Eesti_Vabariigi_Tartu_Ulikool, lk 41
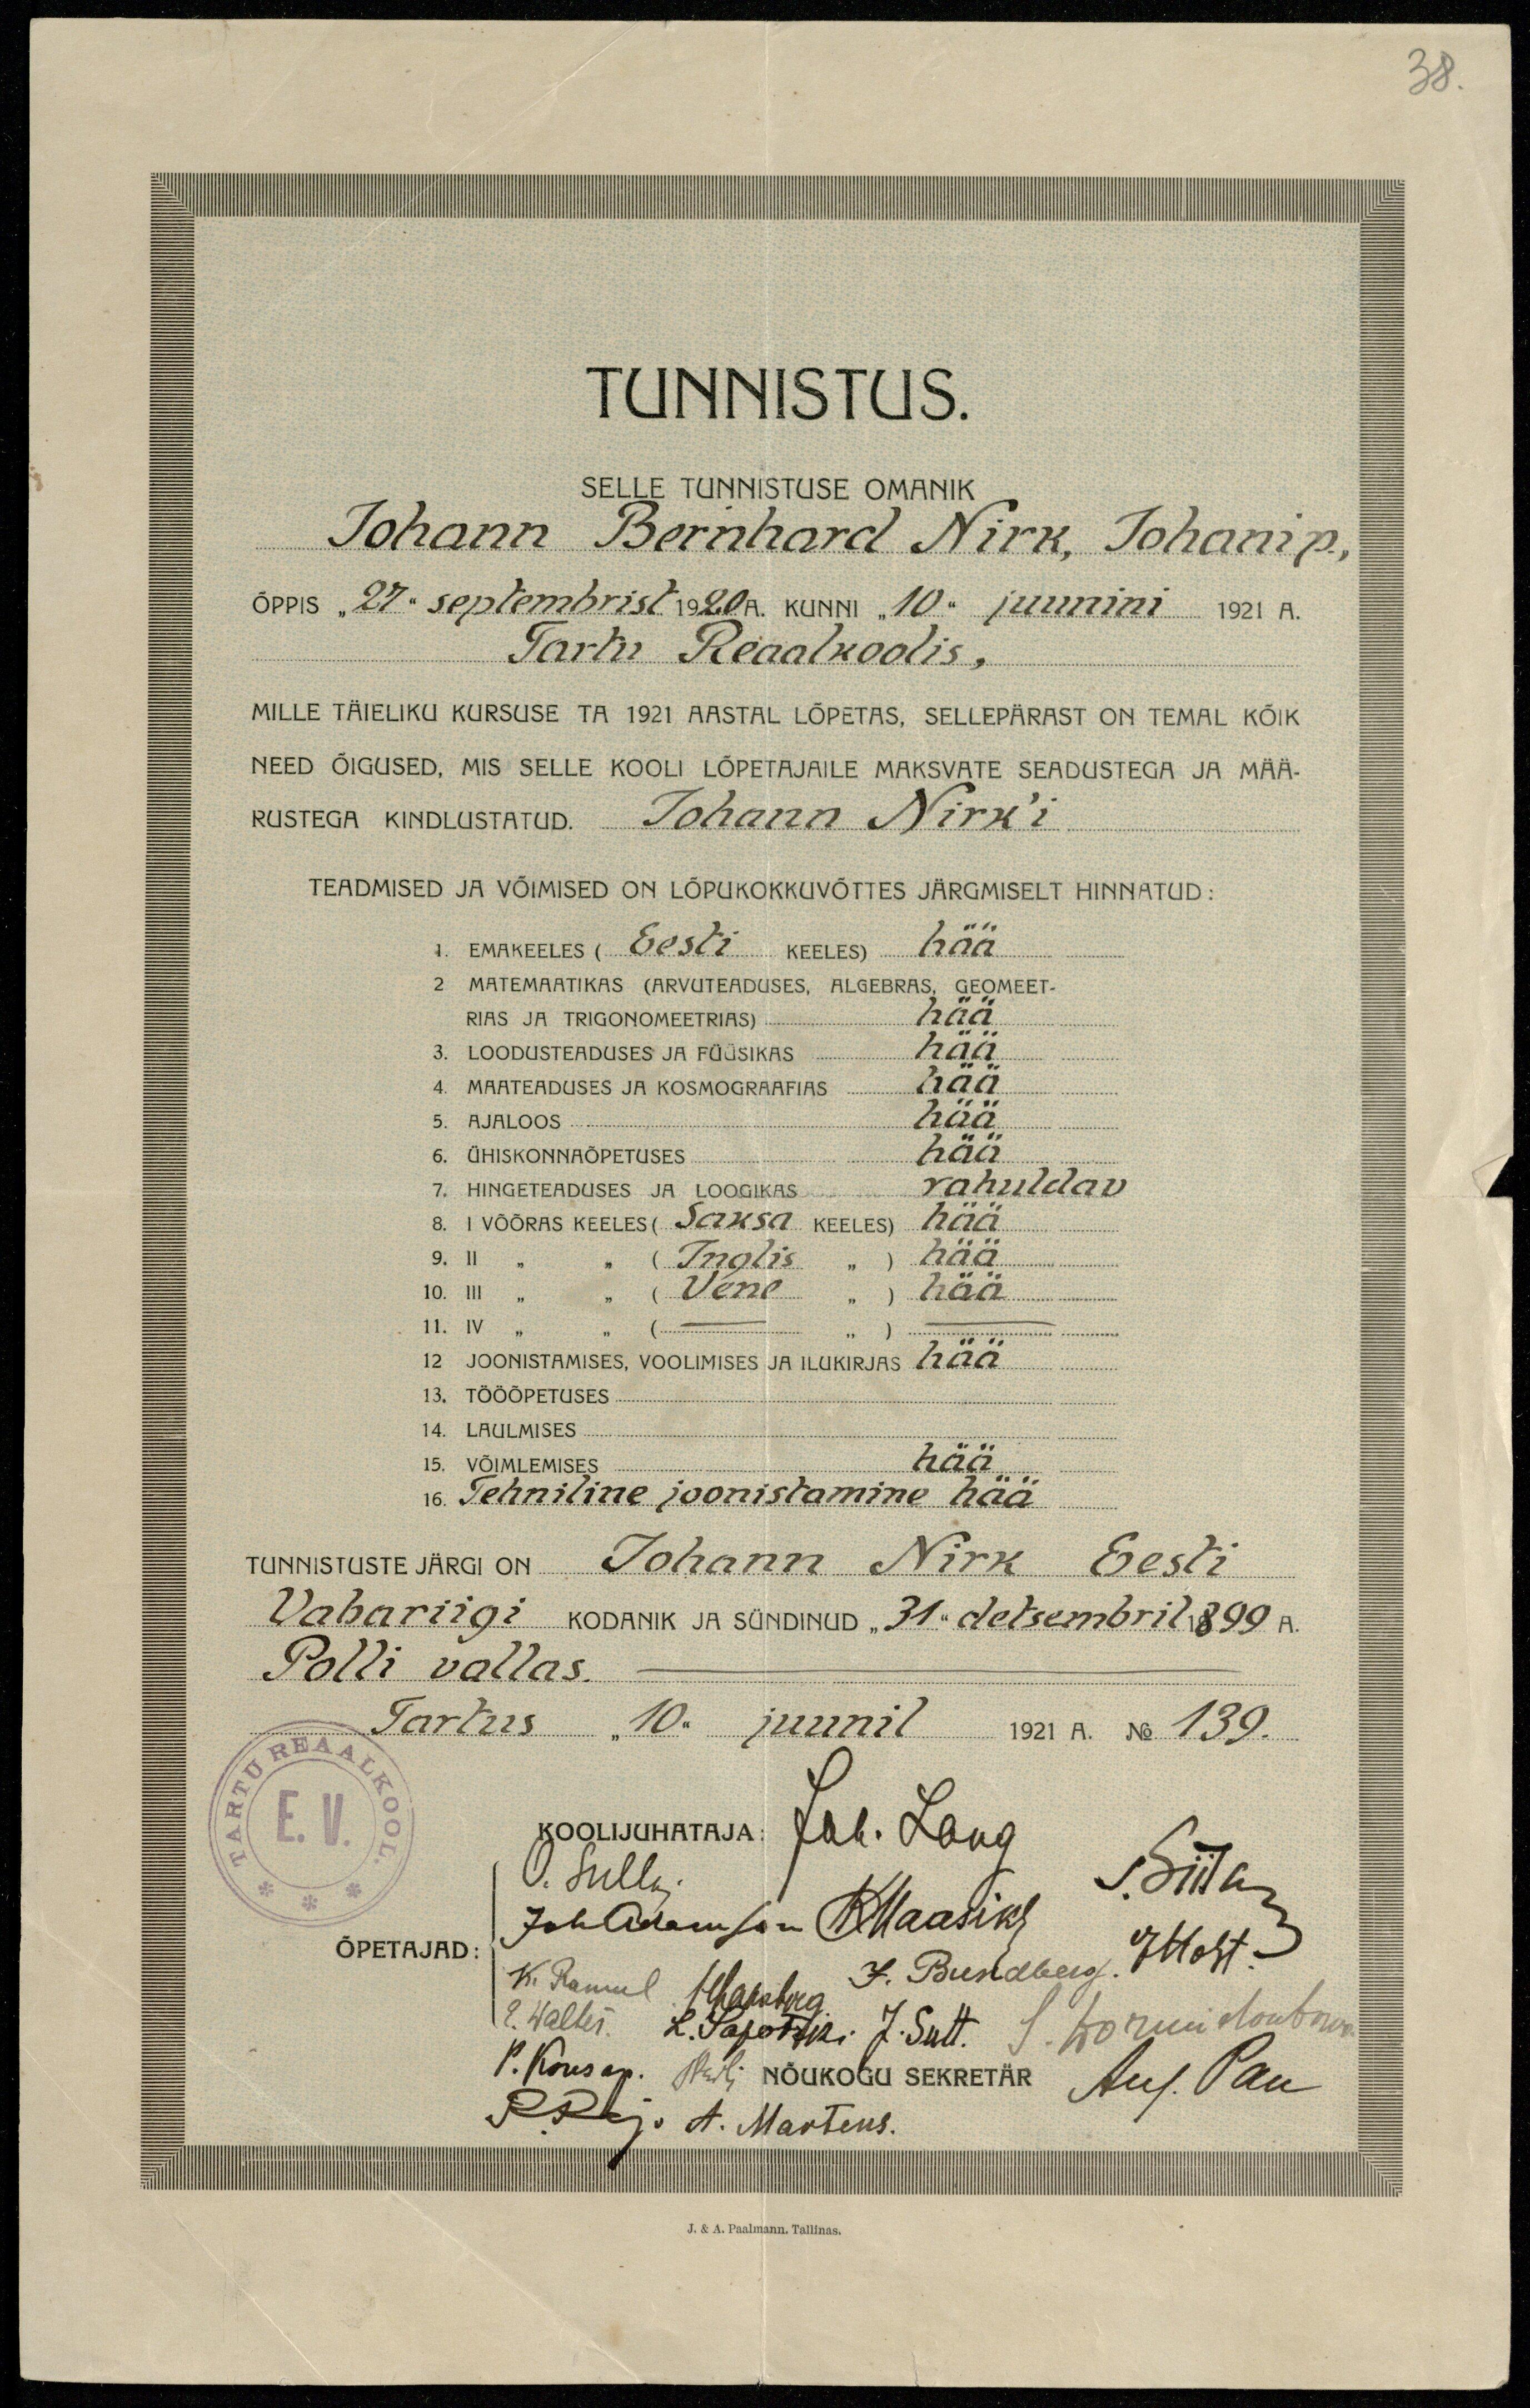
38.

Tunnistus.
SELLE TUNNISTUSE OMANIK
Johann Bernhard Nirk, Johani p.
ÕPPIS "27" septembrist 1920 a. KUNNI "10" juunini 1921 A.
Tartu Reaalkoolis,
MILLE TÄIELIKU KURSUSE TA 1921 AASTAL LÕPETAS. SELLEPÄRAST ON TEMAL KÕIK
NEED ÕIGUSED, MIS SELLE KOOLI LÕPETAJAILE MAKSVATE SEADUSTEGA JA MÄÄ-
RUSTEGA KINDLUSTATUD. Johann Nirk'i
TEADMISED JA VÕIMED ON LÕPUKOKKUVÕTES JÄRGMISELT HINNATUD:
1. EMAKEELES (Eesti KEELES) hää
2. MATEMAATIKAS (ARVUTEADUSES, ALGEBRAS,GEOMEET-
RIAS JA TRIGONOMEETRIAS) hää
3. LOODUSTEADUSES JA FÜÜSIKAS hää
4. MAATEADUSES JA KOSMOGRAAFIAS hää
5. AJALOOS hää
6. ÜHISKONNAÕPETUSES hää
7. HINGETEADUSES JA LOOGIKAS rahuldav
8. I VÕÕRAS KEELES (Saksa KEELES) hää
9. II " " (Inglis ") hää
10. III " " (Vene ") hää
11. IV " " ( "-" ) -
12. JOONISTAMISES, VOOLIMISES JA ILUKIRJAS hää
13. TÖÖÕPETUSES
14. LAULMISES
15. VÕIMLEMISES hää
16. Tehniline joonistamine hää
Tunnistusse Järgi on Johann Nirk Eesti
Vabariigi KODANIK JA SÜNDINUD „31" detsembril 1899 A.
Polli vallas.
Tartus "10" juunil 1921 A. No 139.
KOOLIJUHATAJA: Joh. Lang
ÕPETAJAD:
K. Ramul Jhakohus J. Bundberg. Thoht.-
NÕUKOGU SEKRETÄR
P.Rkj. A. Martens.
J. & A. Paalmann. Tallinnas.